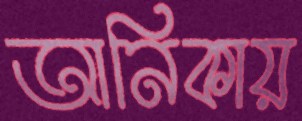
আনিকায়